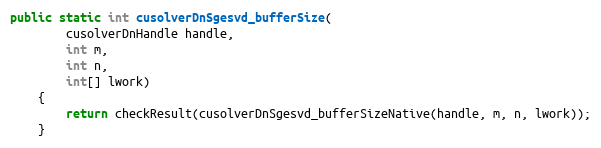
Language: Java
public static int cusolverDnSgesvd_bufferSize(
        cusolverDnHandle handle,
        int m,
        int n,
        int[] lwork)
    {
        return checkResult(cusolverDnSgesvd_bufferSizeNative(handle, m, n, lwork));
    }